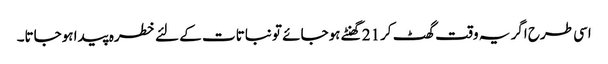
اسی طرح اگر یہ وقت گھٹ کر21 گھنٹے ہوجائے تو نباتات کے لئے خطرہ پیدا ہوجاتا۔